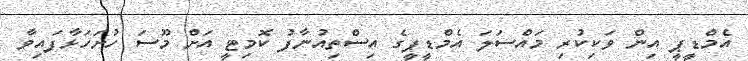
އެމްޑީޕީ އިން ވަކިކުރި މައްސަލަ އެމްޑީޕީގެ އިސްތިއުނާފު ކޮމިޓީ އަށް މޫސަ ހުށަހަޅާފައިވާ